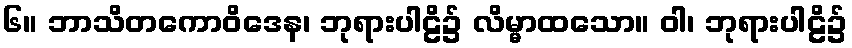
၆။ ဘာသိတကောဝိဒေန၊ ဘုရားပါဠိ၌ လိမ္မာထသော။ ဝါ၊ ဘုရားပါဠိ၌